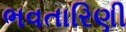
ભવતારિણી